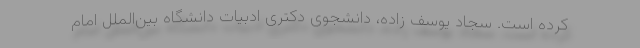
کرده است. سجاد یوسف زاده، دانشجوی دکتری ادبیات دانشگاه بین‌الملل امام